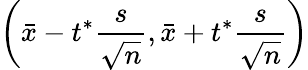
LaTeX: \left({\bar{x}}-t^{*}{\frac{s}{\sqrt{n}}},{\bar{x}}+t^{*}{\frac{s}{\sqrt{n}}}\right)